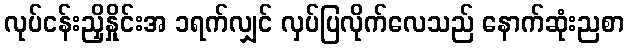
လုပ်ငန်းညှိနှိုင်းအ ၁ရက်လျှင် လှပ်ပြလိုက်လေသည် နောက်ဆုံးညစာ